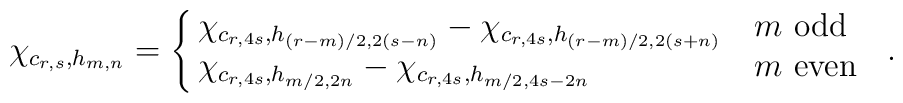
\chi_{c_{r,s}, h_{m,n}} = \cases{  \chi_{c_{r,4s}, h_{(r-m)/2, 2(s-n)}} -   \chi_{c_{r,4s}, h_{(r-m)/2, 2(s+n)}} & $m$ odd \cr  \chi_{c_{r,4s}, h_{m/2, 2n}} -   \chi_{c_{r,4s}, h_{m/2, 4s-2n}} & $m$ even \cr}\ .